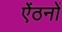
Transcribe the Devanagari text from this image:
ऐंठनों